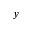
y